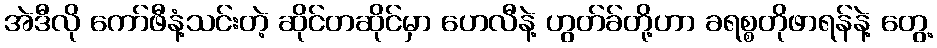
အဲဒီလို ကော်ဖီနံ့သင်းတဲ့ ဆိုင်တဆိုင်မှာ ဟေလီနဲ့ ဟွတ်ခ်တို့ဟာ ခရစ္စတိုဖာရန်နဲ့ တွေ့